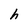
Character: h